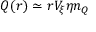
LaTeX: Q ( r ) \simeq r V _ { \xi } \eta n _ { Q }